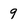
Character: 9